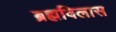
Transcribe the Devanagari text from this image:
ब्रह्मविलास